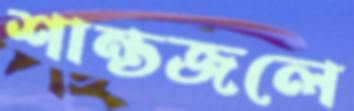
শান্তজলে